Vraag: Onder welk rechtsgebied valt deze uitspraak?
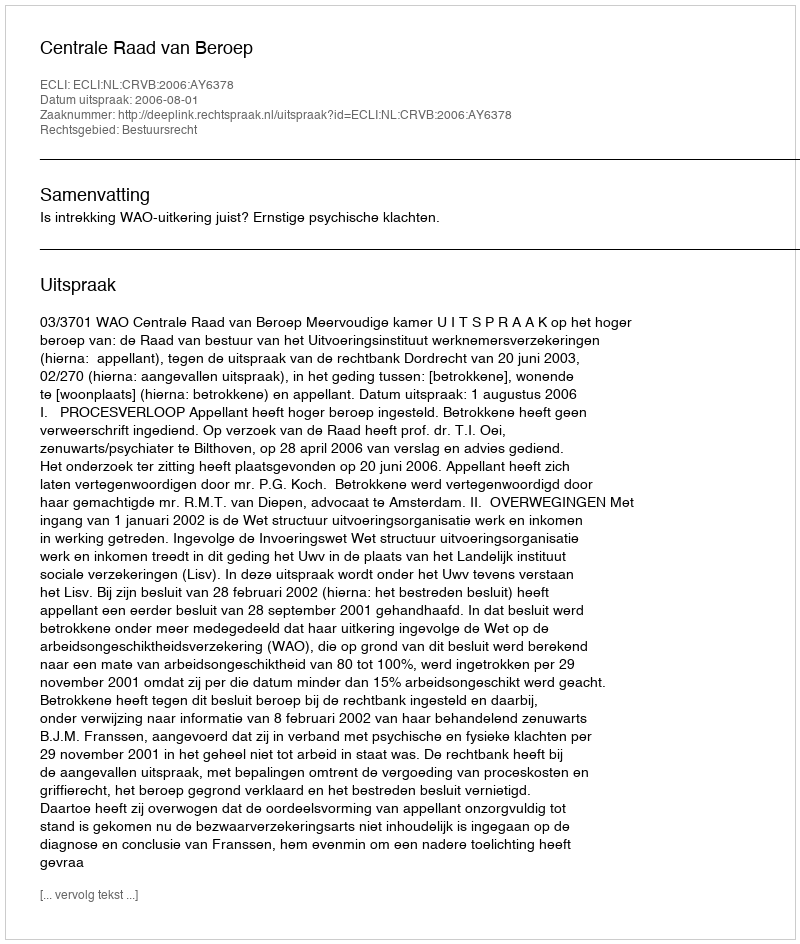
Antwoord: Bestuursrecht